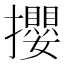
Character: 攖